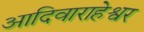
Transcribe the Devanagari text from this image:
आदिवाराहेश्वर